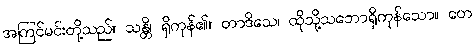
အကြင်မင်းတို့သည်။ သန္တိ၊ ရှိကုန်၏။ တာဒိသေ၊ ထိုသို့သဘောရှိကုန်သော။ တေ